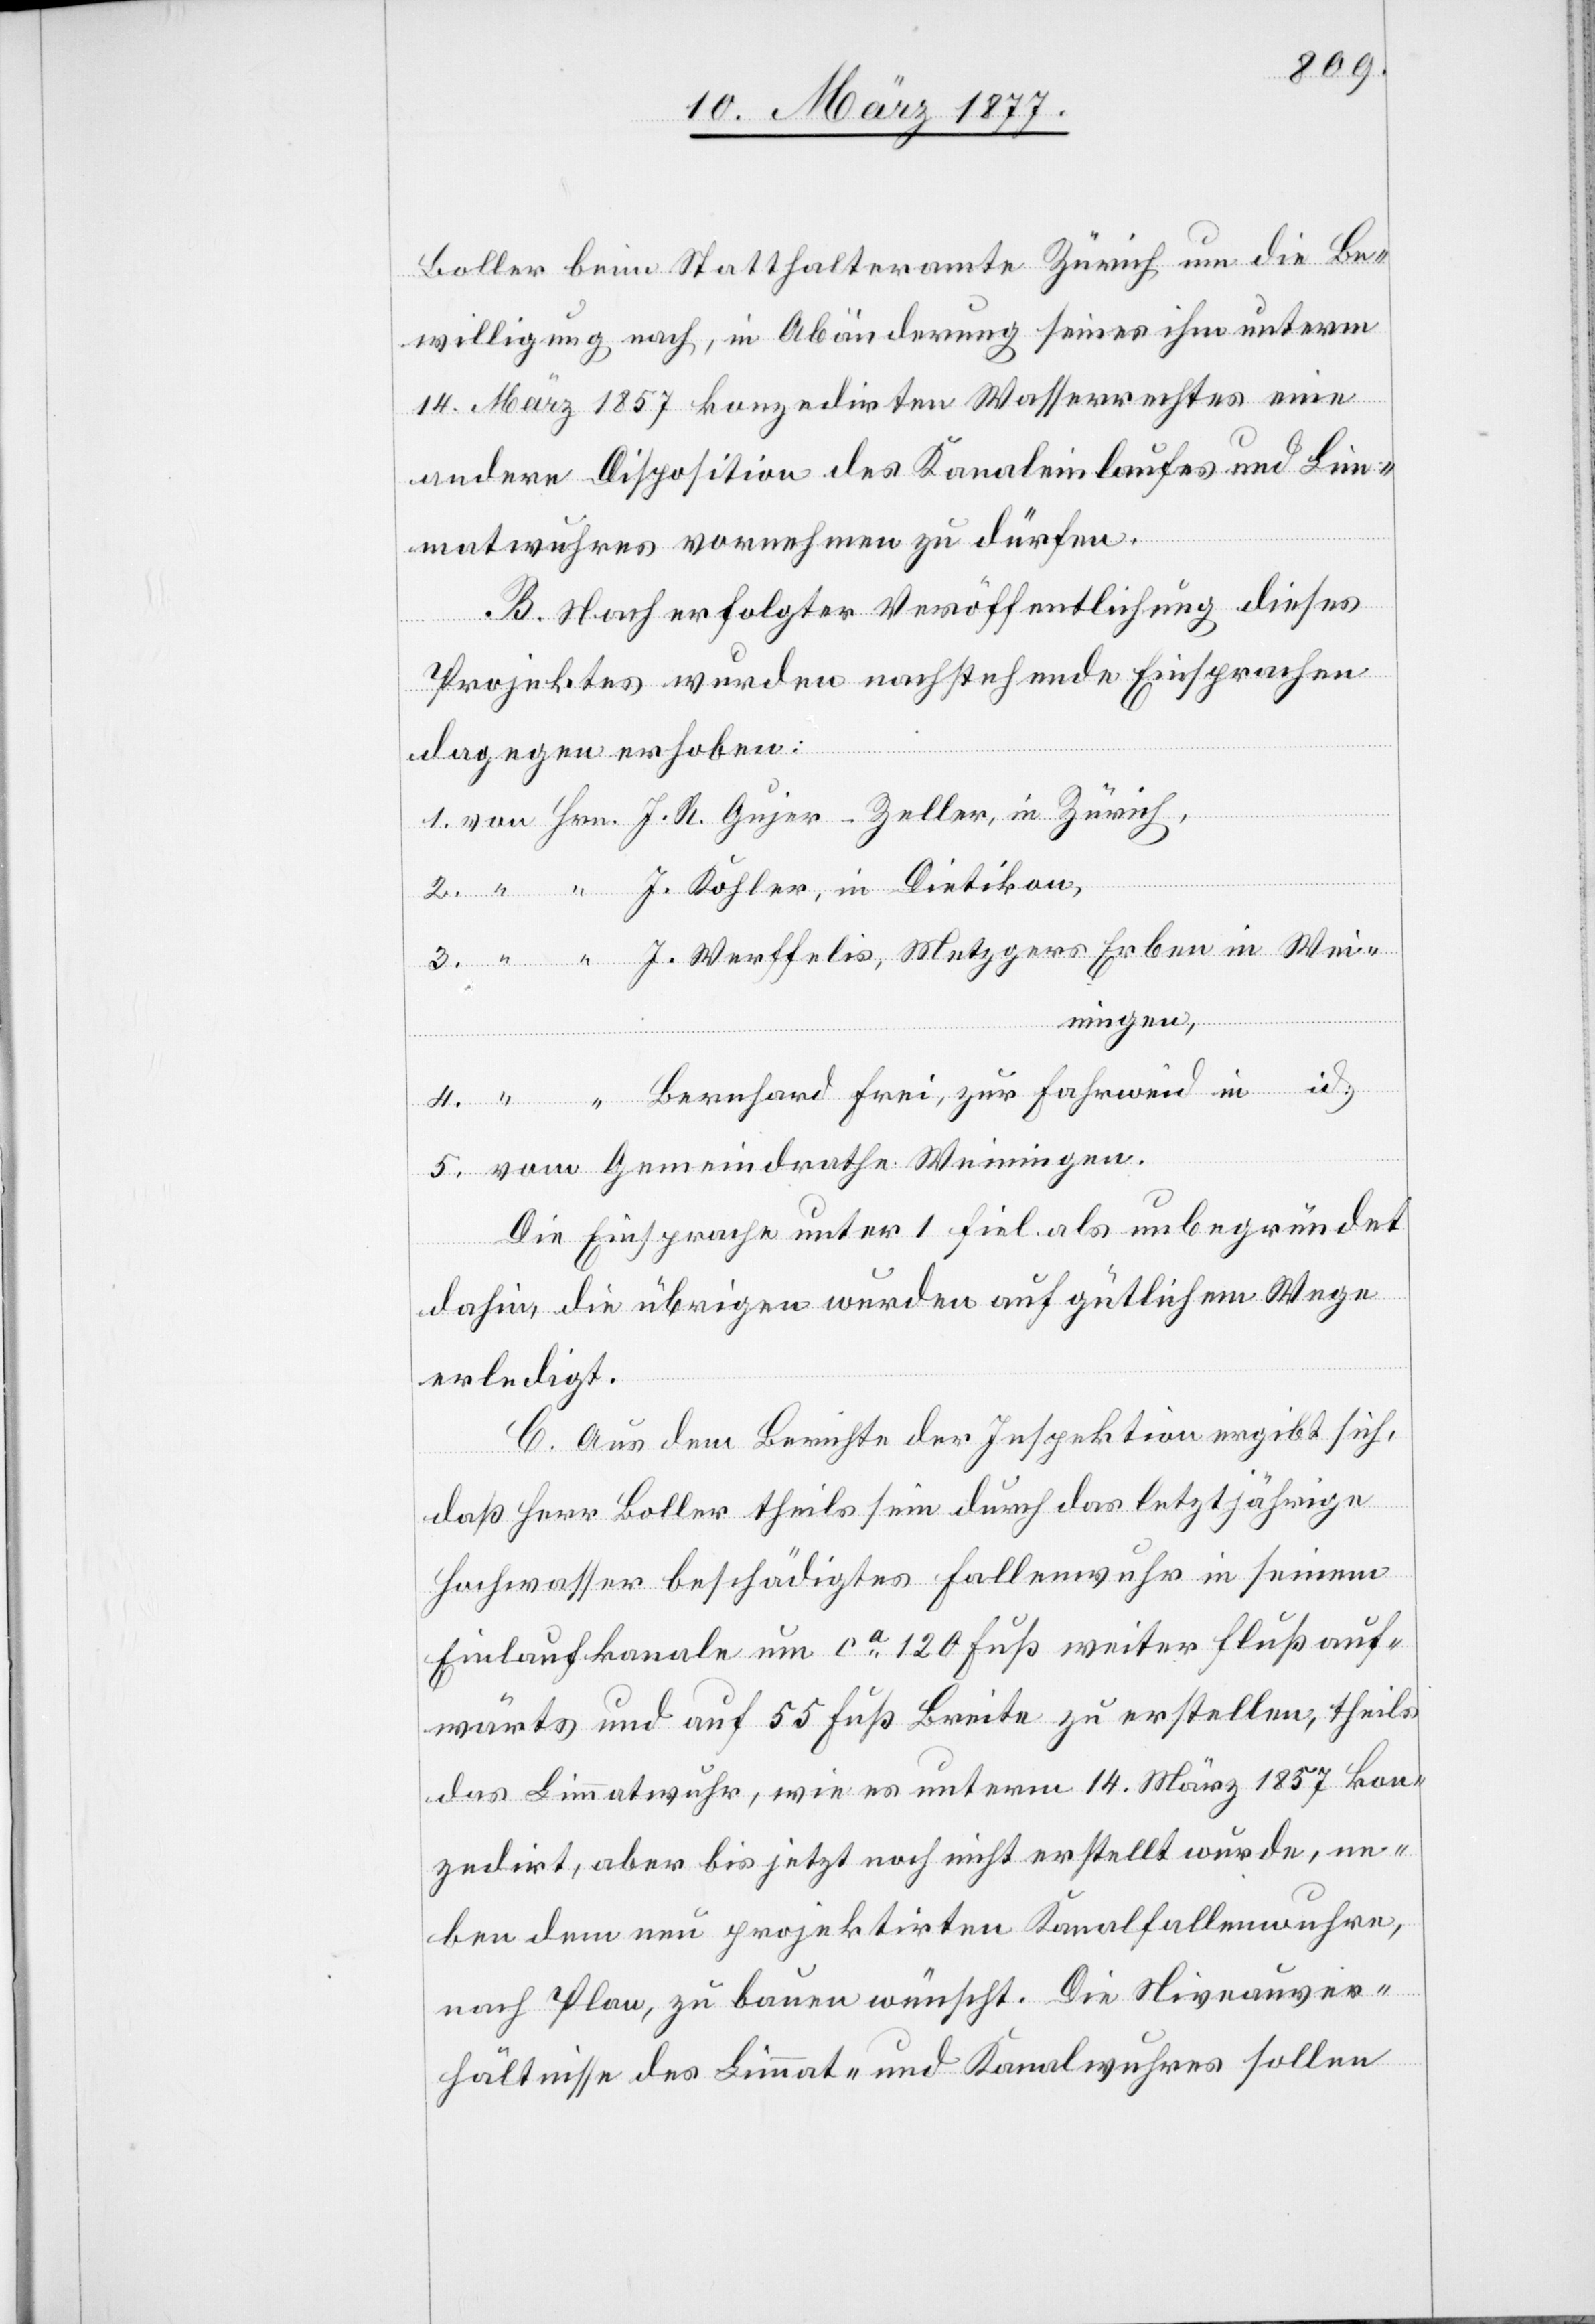
inigen.
Boller beim Statthalteramte Zürich um die Be¬
willigung nach, in Abänderung seines ihm unterm
14. März 1857 konzedirten Wasserrechtes eine
andere Disposition des Kanaleinlaufes und Lim¬
5.
matwuhres vornehmen zu dürfen.
B. Nach erfolgter Veröffentlichung dieses
Projektes wurden nachstehende Einsprachen
dagegen erhoben:
ningen,
Die Einsprache unter 1 fiel als unbegründet
dahin, die übrigen wurden auf gütlichem Wege
erledigt.
C. Aus dem Berichte der Inspektion ergibt sich,
daß Herr Boller theils sein durch das letztjährige
Hochwasser beschädigtes Fallenwuhr in seinem
Einlaufkanale um ca 120 Fuß weiter flußauf¬
wärts und auf 55 Fuß Breite zu erstellen, theils
das Limmatwuhr, wie es unterm 14. März 1857 kon¬
zedirt, aber bis jetzt noch nicht erstellt wurde, ne¬
ben dem neu projektirten Kanalfallenwuhre,
nach Plan, zu bauen wünscht. Die Niveauver¬
hältnisse des Limmat- und Kanalwuhres sollen